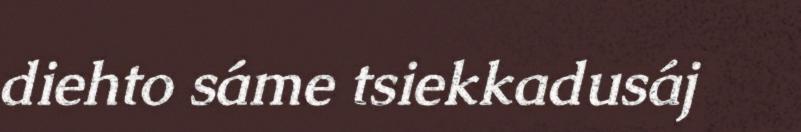
diehto sáme tsiekkadusáj